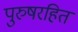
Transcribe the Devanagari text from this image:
पुरुषरहित